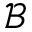
\mathcal { B }